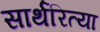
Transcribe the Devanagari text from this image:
सार्थरित्या